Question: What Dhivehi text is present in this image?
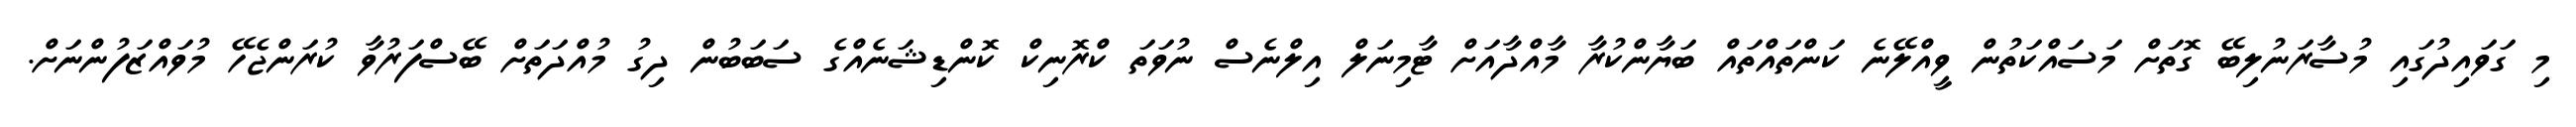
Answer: މި ގަވައިދުގައި މުސާރަނުލިބޭ ގޮތަށް މަސައްކަތުން ވީއްލޭނެ ކަންތައްތައް ބަޔާންކުރާ މާއްދާއަށް ޓާމިނަލް އިލްނެސް ނުވަތަ ކްރޮނިކް ކޮންޑިޝަނެއްގެ ސަބަބުން ދިގު މުއްދަތަށް ބޭސްފަރުވާ ކުރަންޖެހޭ މުވައްޒަފުންނަށް.